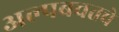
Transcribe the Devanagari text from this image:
अल्पबचतचे